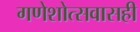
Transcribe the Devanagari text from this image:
गणेशोत्सवासही